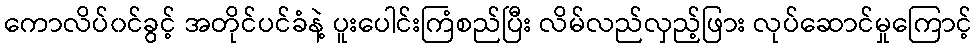
ကောလိပ်၀င်ခွင့် အတိုင်ပင်ခံနဲ့ ပူးပေါင်းကြံစည်ပြီး လိမ်လည်လှည့်ဖြား လုပ်ဆောင်မှုကြောင့်